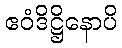
ဧဝံဒိဋ္ဌိနောပိ